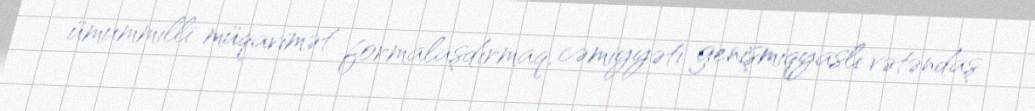
ümummilli müqavimət formalaşdırmaq, cəmiyyəti genişmiqyaslı vətəndaş